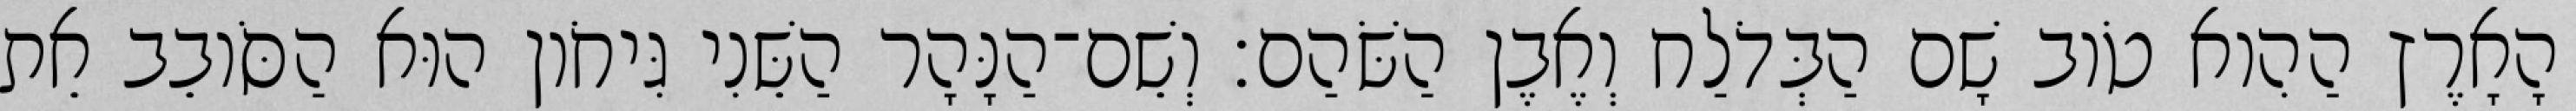
הָאָרֶץ הַהִוא טֹוב שָׁם הַבְּדֹלַח וְאֶבֶן הַשֹּׁהַם׃ וְשֵׁם־הַנָּהָר הַשֵּׁנִי גִּיחֹון הוּא הַסֹּובֵב אֵת